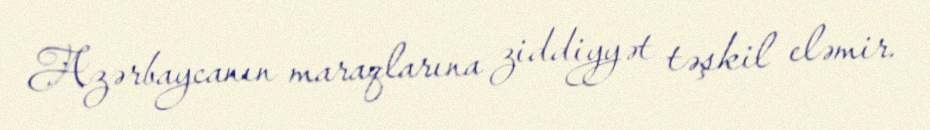
Azərbaycanın maraqlarına ziddiyyət təşkil eləmir.